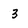
Character: 3